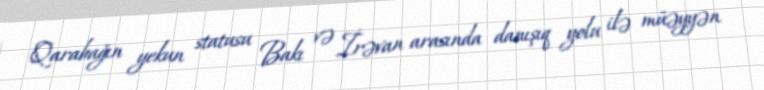
Qarabağın yekun statusu Bakı və İrəvan arasında danışıq yolu ilə müəyyən